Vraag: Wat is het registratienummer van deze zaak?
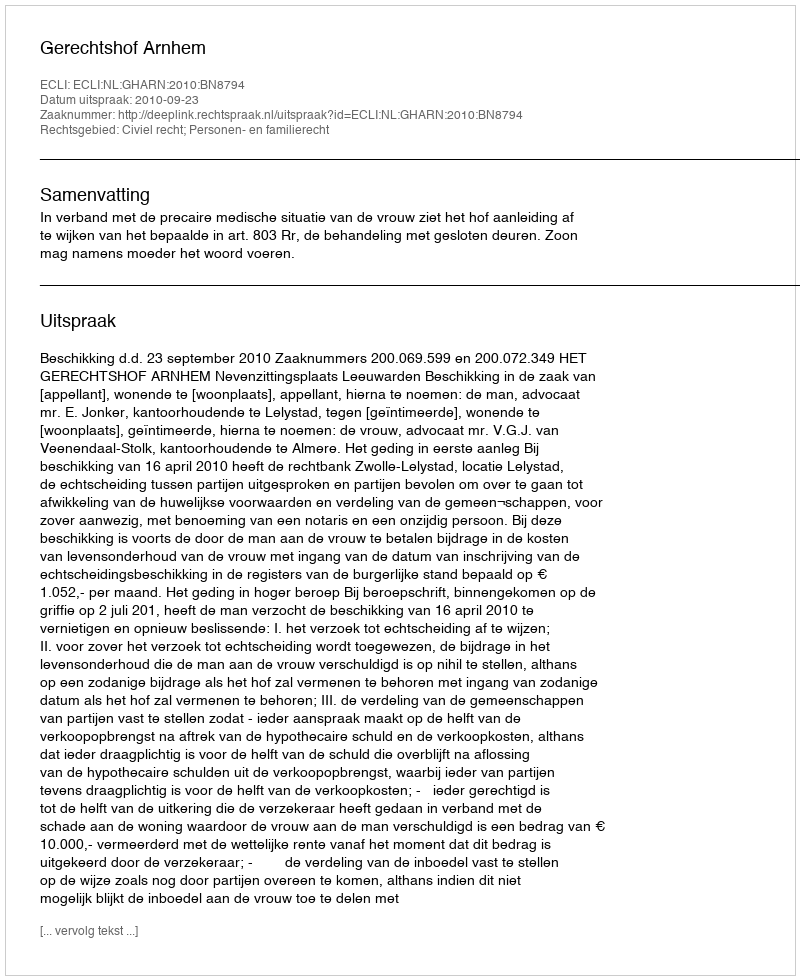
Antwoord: http://deeplink.rechtspraak.nl/uitspraak?id=ECLI:NL:GHARN:2010:BN8794